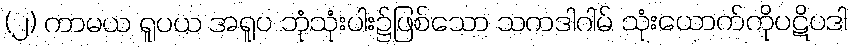
(၂) ကာမယ ရူပယ အရူပ ဘုံသုံးပါး၌ဖြစ်သော သကဒါဂါမ် သုံးယောက်ကိုပဋိပဒါ